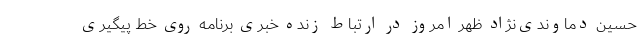
حسین دماوندی‌نژاد ظهر امروز در ارتباط زنده خبری برنامه روی خط پیگیری